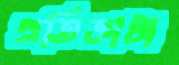
প্রতিজ্ঞাটা